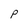
Character: P